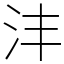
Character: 沣